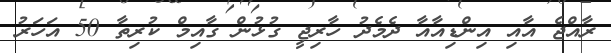
ރާއްޖެ އާއި އިންޑިއާއާ ދެމެދު ހާރިޖީ ގުޅުން ގާއިމް ކުރިތާ 50 އަހަރު